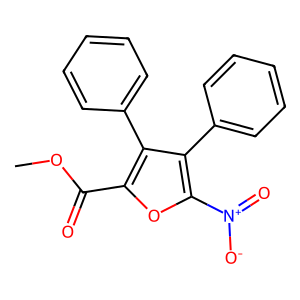
SMILES: COC(=O)c1oc([N+](=O)[O-])c(-c2ccccc2)c1-c1ccccc1
Inhibits HIV replication: No